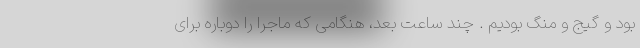
بود و گیج و منگ بودیم . چند ساعت بعد، هنگامی که ماجرا را دوباره برای